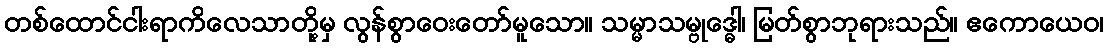
တစ်ထောင်ငါးရာကိလေသာတို့မှ လွန်စွာဝေးတော်မူသော။ သမ္မာသမ္ဗုဒ္ဓေါ၊ မြတ်စွာဘုရားသည်။ ဧကောယေဝ၊